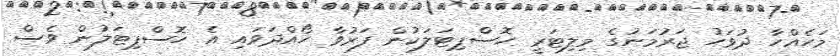
މަހެއްހާ ދުވަހު ޖަރުމަނުގެ މިލިޓަރީ ހޮސްޕިޓަލަކުން ފަރުވާ ހޯއްދަވައި އެ ހޮސްޕިޓަލުން ވެސް